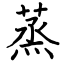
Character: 蒸